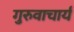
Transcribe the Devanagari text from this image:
गुरुवाचार्य